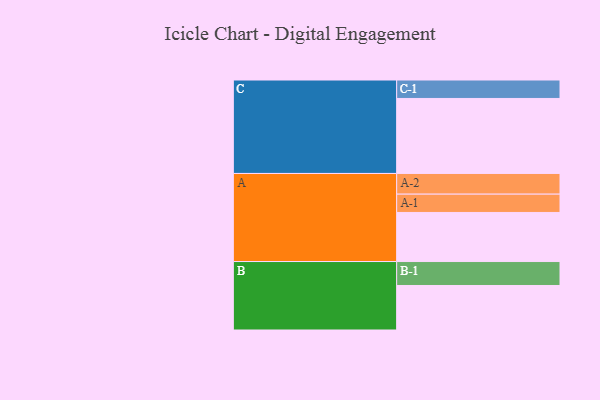
{"axis": {"x": "Segment", "y": "Value"}, "legend": ["", "A", "B", "C"], "data": [{"x": "A", "y": 375, "type": ""}, {"x": "B", "y": 340, "type": ""}, {"x": "C", "y": 573, "type": ""}, {"x": "A-1", "y": 140, "type": "A"}, {"x": "A-2", "y": 158, "type": "A"}, {"x": "B-1", "y": 183, "type": "B"}, {"x": "C-1", "y": 141, "type": "C"}]}